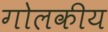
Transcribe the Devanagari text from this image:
गोलकीय